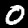
Label: 0